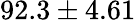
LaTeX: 92.3\pm 4.61